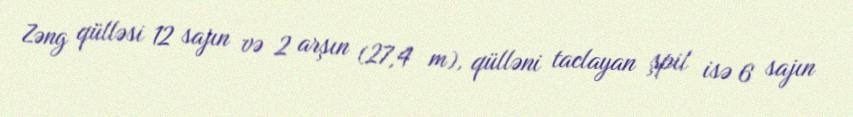
Zəng qülləsi 12 sajın və 2 arşın (27,4 m), qülləni taclayan şpil isə 6 sajın